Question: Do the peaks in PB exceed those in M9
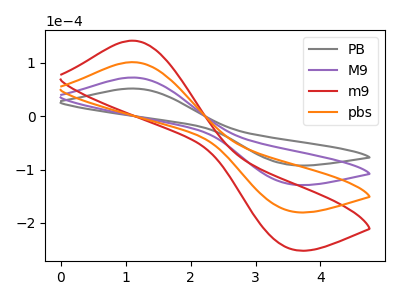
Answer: <think>The gray curve "PB" has an anodic peak at (1.10V, 51.90uA) and a cathodic peak at (3.50V, -90.60uA). The purple curve "M9" has an anodic peak at (1.10V, 72.55uA) and a cathodic peak at (3.50V, -126.60uA). The red curve "m9" has an anodic peak at (1.10V, 217.60uA) and a cathodic peak at (3.50V, -379.75uA). The orange curve "pbs" has an anodic peak at (1.10V, 145.05uA) and a cathodic peak at (3.50V, -253.15uA).</think>
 <answer>Every peak in "PB" is lower than every peak in "M9".</answer>
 <eval>lower</eval>